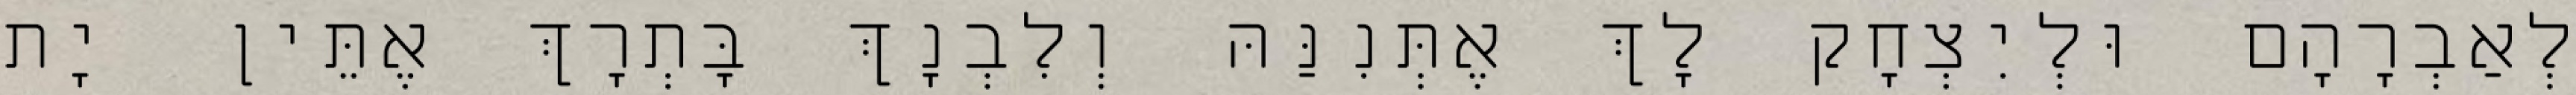
לְאַבְרָהָם וּלְיִצְחָק לָךְ אֶתְּנִנַּהּ וְלִבְנָךְ בָּתְרָךְ אֶתֵּין יָת